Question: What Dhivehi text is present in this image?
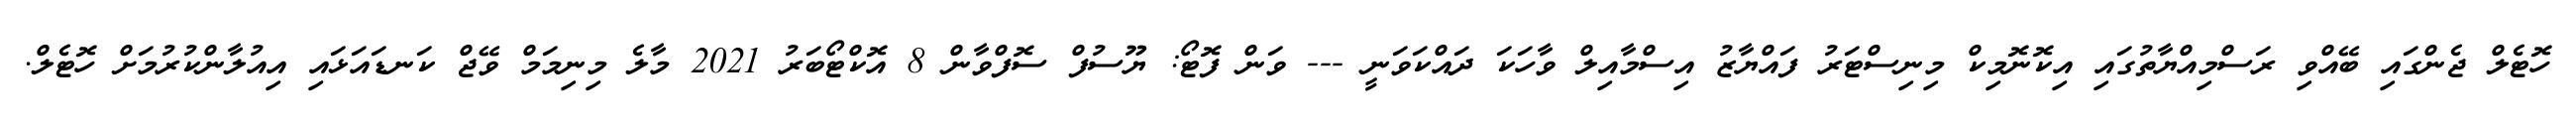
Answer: ހޮޓެލް ޖެންގައި ބޭއްވި ރަސްމިއްޔާތުގައި އިކޮނޮމިކް މިނިސްޓަރު ފައްޔާޒު އިސްމާއިލް ވާހަކަ ދައްކަވަނީ --- ވަން ފޮޓޯ: ޔޫސުފް ސޮފްވާން 8 އޮކްޓޯބަރު 2021 މާލެ މިނިމަމް ވޭޖް ކަނޑައަޅައި އިއުލާންކުރުމަށް ހޮޓެލް.